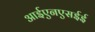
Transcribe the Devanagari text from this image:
आईएनएसईई